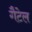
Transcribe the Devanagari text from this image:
गैटेल